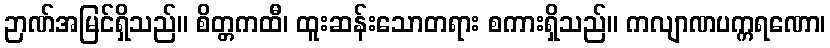
ဉာဏ်အမြင်ရှိသည်။ စိတ္တကထီ၊ ထူးဆန်းသောတရား စကားရှိသည်။ ကလျာဏပက္ကရဏော၊